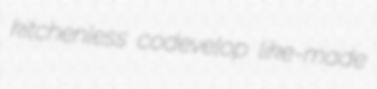
kitchenless codevelop like-made